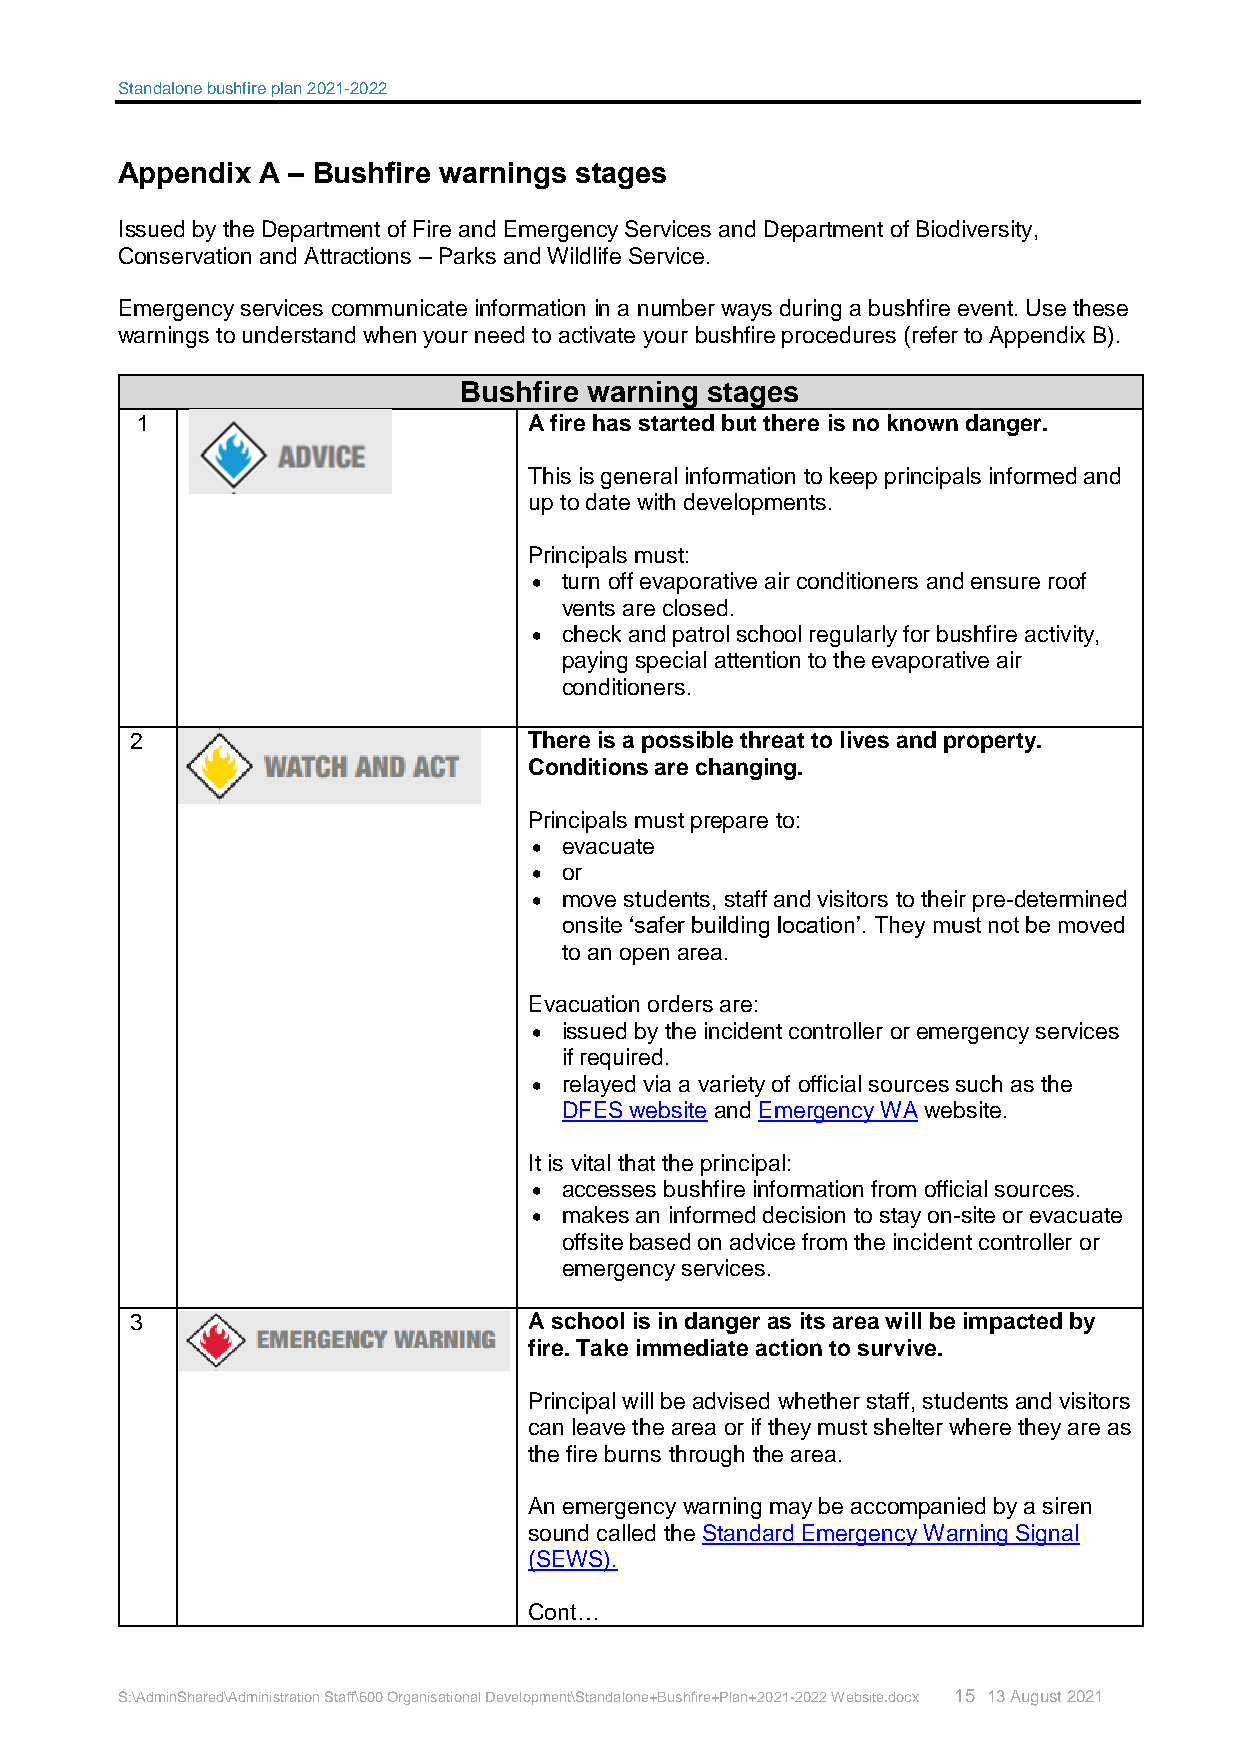
Standalone bushfire plan 2021-2022
 Appendix A – Bushfire warnings stages
 Issued by the Department of Fire and Emergency Services and Department of Biodiversity,
 Conservation and Attractions – Parks and Wildlife Service.
 Emergency services communicate information in a number ways during a bushfire event. Use these
 warnings to understand when your need to activate your bushfire procedures (refer to Appendix B).
 Bushfire warning stages
 1                         A fire has started but there is no known danger.
 This is general information to keep principals informed and
 up to date with developments.
 Principals must:
  turn off evaporative air conditioners and ensure roof
 vents are closed.
  check and patrol school regularly for bushfire activity,
 paying special attention to the evaporative air
 conditioners.
 2                         There is a possible threat to lives and property.
 Conditions are changing.
 Principals must prepare to:
  evacuate
  or
  move students, staff and visitors to their pre-determined
 onsite ‘safer building location’. They must not be moved
 to an open area.
 Evacuation orders are:
  issued by the incident controller or emergency services
 if required.
  relayed via a variety of official sources such as the
 DFES website and Emergency WA website.
 It is vital that the principal:
  accesses bushfire information from official sources.
  makes an informed decision to stay on-site or evacuate
 offsite based on advice from the incident controller or
 emergency services.
 3                         A school is in danger as its area will be impacted by
 fire. Take immediate action to survive.
 Principal will be advised whether staff, students and visitors
 can leave the area or if they must shelter where they are as
 the fire burns through the area.
 An emergency warning may be accompanied by a siren
 sound called the Standard Emergency Warning Signal
 (SEWS).
 Cont…
 S:\AdminShared\Administration Staff\600 Organisational Development\Standalone+Bushfire+Plan+2021-2022 Website.docx 15 13 August 2021